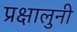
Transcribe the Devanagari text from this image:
प्रक्षालुनी